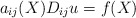
\begin{align*} a_{ij}(X) D_{ij} u = f(X)\end{align*}